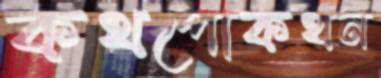
কথপোকথন